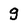
Character: g